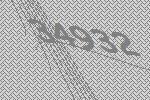
34932